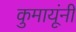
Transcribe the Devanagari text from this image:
कुमायूंनी